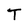
Character: T